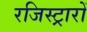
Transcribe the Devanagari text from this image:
रजिस्ट्रारों